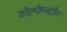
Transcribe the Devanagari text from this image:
वोल्फेन्स्टीन